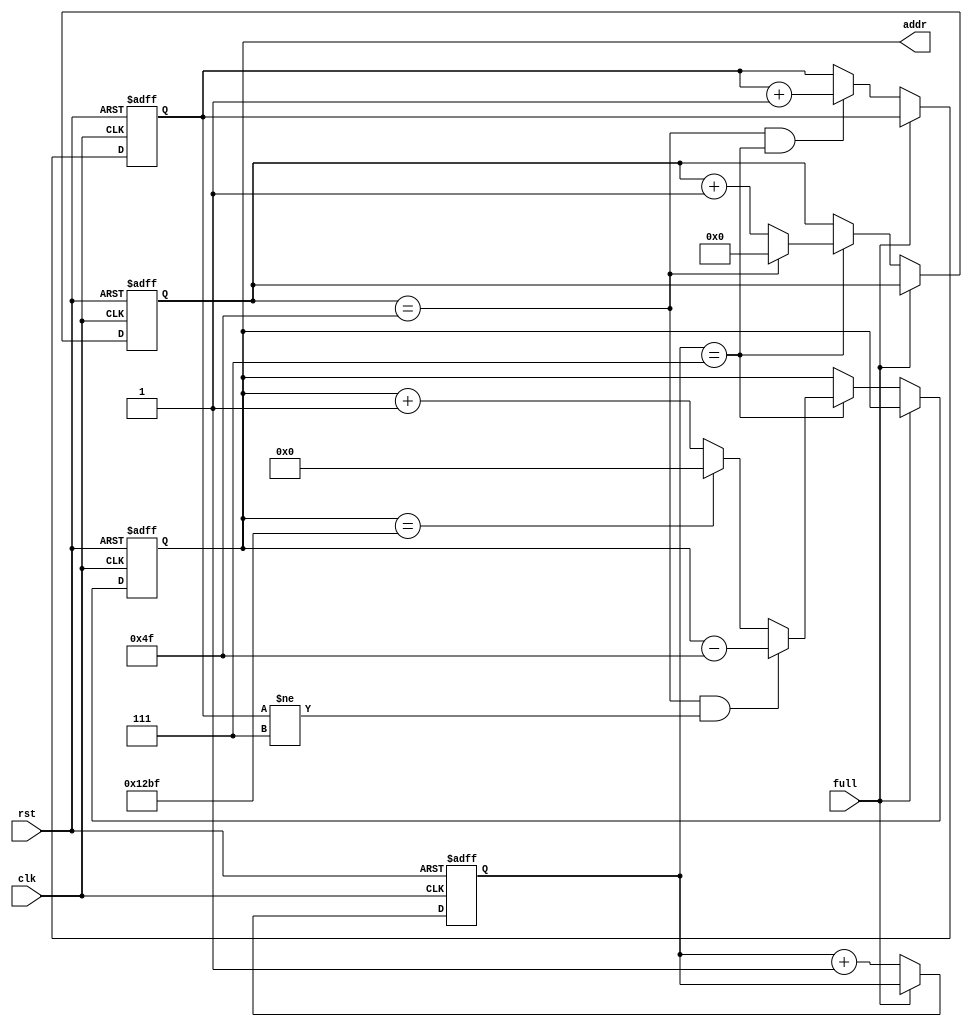
`timescale 1ns / 1ps

module DisplayPlane(clk, rst, full, addr);
	input clk, rst, full;
	output reg [12:0] addr;
	
	reg [6:0] Counter_80; //count pixel in one line
	reg [2:0] Counter_col, Counter_row;

	/**
	* Generates address at the negative edge of clock
	* If full signal set, stop increasing the address and wait
	* wr_en always set to 1 and databus is connected directly from ROM to FIFO
	* 
	* Each line contains 80 pixels, using Counter_80 to count this
	* Each pixel repeats 8 times in one line, using Counter_col to count this
	* Each line repeats 8 times, using Counter_row to count this
	*/

	always @(negedge clk, posedge rst)
		if ( rst ) 
			addr <= 0;
		// Stop increasing the address
		else if ( full )
			addr <= addr;
		else if (Counter_col == 3'h7) begin
			// it is the end of this line, and this line has not repeated for
			// 8 times, decrease address
			if (Counter_80 == 79 && Counter_row != 3'h7)
				addr <= addr - 79;
			// it is the end of this graph, set the address to 0
			else if ( addr == 13'h12bf)
				addr <= 0;
			else
				addr <= addr + 1;
		end
		// Repeat this address for 8 times
		else
			addr <= addr;

	always @(negedge clk, posedge rst)
		if ( rst )
			Counter_80 <= 0;
		else if ( full )
			Counter_80 <= Counter_80;
		// Finish repeating this pixel
		else if (Counter_col == 3'h7) begin
			// It is the end of this line, set counter to 0
			if (Counter_80 == 79)
				Counter_80 <= 0;
			// Increase counter by 1
			else
				Counter_80 <= Counter_80 + 1;
		end
		else
			Counter_80 <= Counter_80;

	always @(negedge clk, posedge rst)
		if ( rst )
			Counter_col <= 0;
		else if ( full )
			Counter_col <= Counter_col;
		else
			Counter_col <= Counter_col + 1;
	
	always @(negedge clk, posedge rst)
		if ( rst )
			Counter_row <= 0;
		else if ( full )
			Counter_row <= Counter_row;
		else if ( Counter_80 == 79 && Counter_col == 7)
			Counter_row <= Counter_row + 1;
		else
			Counter_row <= Counter_row;

endmodule